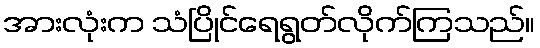
အားလုံးက သံပြိုင်ရေရွတ်လိုက်ကြသည်။